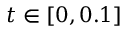
t \in [ 0 , 0 . 1 ]